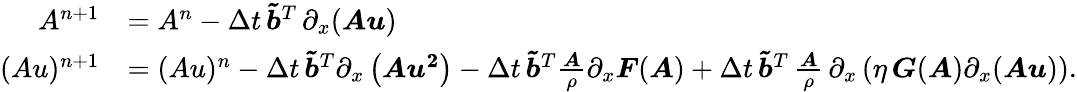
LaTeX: \begin{array}{rl}{A^{n+1}}&{=A^{n}-\Delta t\, \boldsymbol{\tilde{b}}^{T}\, \partial_{x}(\boldsymbol{Au})}\\ {(Au)^{n+1}}&{=(Au)^{n}-\Delta t\, \boldsymbol{\tilde{b}}^{T}\partial_{x}\left(\boldsymbol{Au^{2}}\right)-\Delta t\, \boldsymbol{\tilde{b}}^{T}\frac{\boldsymbol{A}}{\rho}\partial_{x}\boldsymbol{F}(\boldsymbol{A})+\Delta t\, \boldsymbol{\tilde{b}}^{T}\, \frac{\boldsymbol{A}}{\rho}\, \partial_{x}\left(\eta\, \boldsymbol{G}(\boldsymbol{A})\partial_{x}(\boldsymbol{Au})\right).}\end{array}